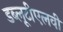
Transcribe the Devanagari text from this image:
डब्लूटीएलवी